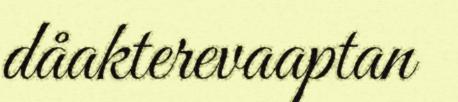
dåakterevaaptan